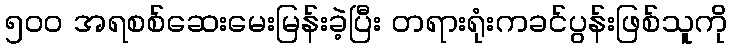
၅၀၀ အရစစ်ဆေးမေးမြန်းခဲ့ပြီး တရားရုံးကခင်ပွန်းဖြစ်သူကို